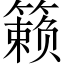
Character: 籁